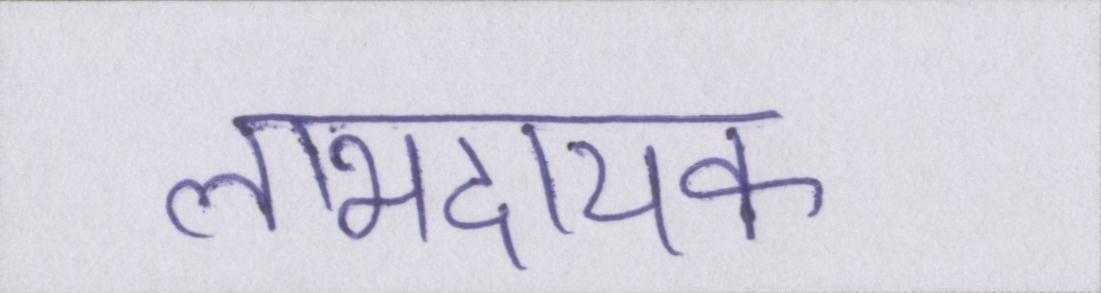
लाभदायक